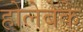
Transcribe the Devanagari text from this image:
होलेबेके